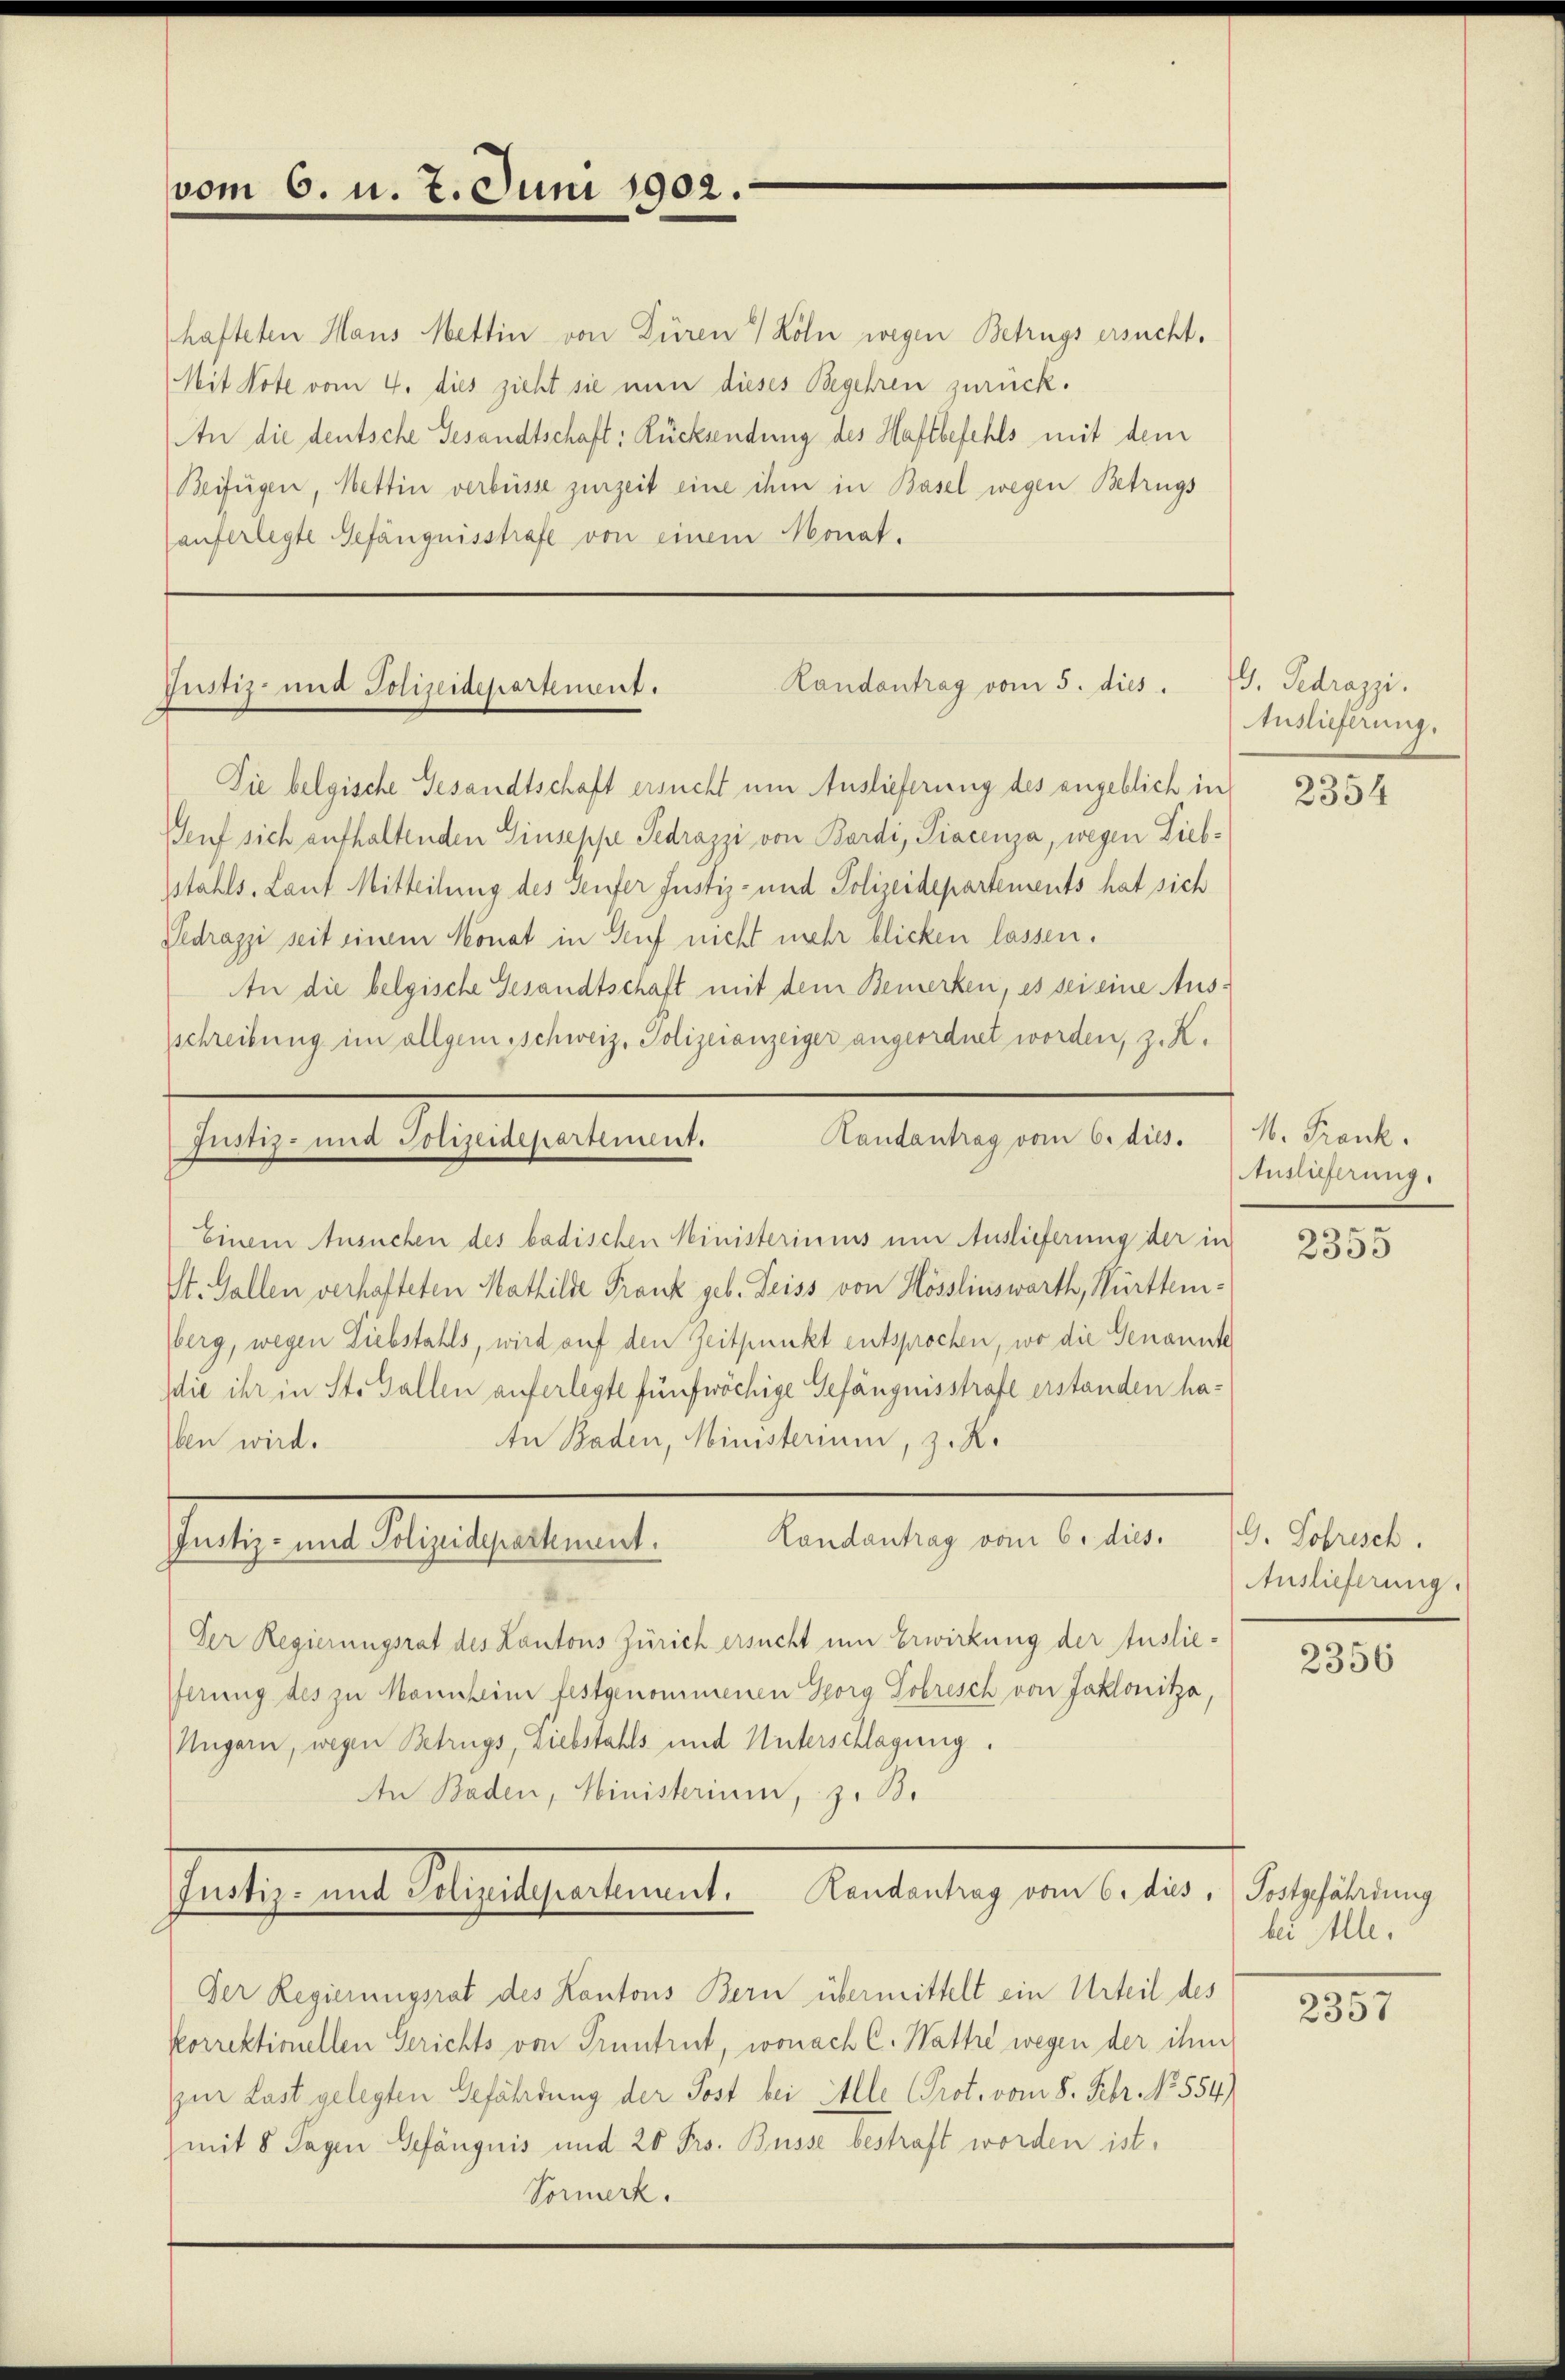
vom 6. d. 7. Juni 1902.

hafteten Haus Mettin von Düren Köln wegen Betrugs ersucht.
Mit Note vom 4. dies zieht sie nun dieses Begehren zurück¬
An die deutsche Gesandtschaft: Rücksendung des Haftbefehls mit dem
Beifügen, Mettin verbüsse zurzeit eine ihm in Basel wegen Betrugs
auferlegte Gefängnisstrafe von einem Monat.

Landantrag vom 5. dies
Justiz- und Polizeidepartement.

Die belgische Gesandtschaft ersucht um Auslieferung des angeblich in
Genf sich aufhaltenden Giuseppe Sedrazzi von Bordi, Piacenza, wegen Liebstahls, Laut Mitteilung des Seufer Justiz- und Polizeidepartements hat sich
Pedrazzi seit einem Monat in Genf nicht mehr blicken lassen.
An die belgische Gesandtschaft mit dem Bemerken, es sei eine Ausschreibung im allgem.schweiz. Polizeianzeiger angeordnet worden, z. K.
Landantrag vom 6. dies.
Festseinen Gelege gestament.
Einem Ansuchen des badischen Ministeriums um Auslieferung der in
St. Gallen verhafteten Mathilde Frank geb. Deiss von Hösslinswerth, Württemberg, wegen Diebstahls, wird auf den Zeitpunkt entsprochen, wo die Genannte
die ihr in St. Gallen auferlegte fünfwöchige Gefängnisstrafe erstanden ha¬
In Baden, Ministerium, z. R.
Eben wird.

Patie das Resultaetente.

Landantrag vom 6. dies.
Der Regierungsrat des Kantons Zürich ersucht um Erwirkung der Auslieferung des zu Konseine festgenommenen Georg Sobrisch von Jaklonitza,
Ungarn, wegen Betrugs, Liebstahls und Unterschlagung.
An Baden, Ministerium, z. B.
Pathe mit Gesetzgeben ist. Antrag von Leben. Sonstaltung
Der Regierungsrat des Kantons Bern übermittelt ein Urteil des
korrektionellen Gerichts von Pruntrut, wonach C. Wattre wegen der ihm
zur Last gelegten Gefährdung der Post bei Alle Prot. vom 8. Febr. No. 554.)
mit 8 Tagen Gefängnis und 20 Frs. Busse bestraft worden ist.
Vormerk.

G. Gedrazzi.
Auslieferung.

2354

M. Frank.
Auslieferung.

2355

G. Lobrisch.
Auslieferung.

2356

bei Ille.

2357